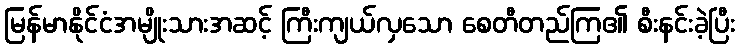
မြန်မာနိုင်ငံအမျိုးသားအဆင့် ကြီးကျယ်လှသော စေတီတည်ကြ၏ စီးနင်းခဲ့ပြီး